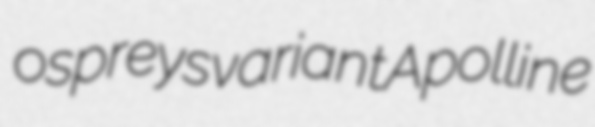
ospreys variant Apolline